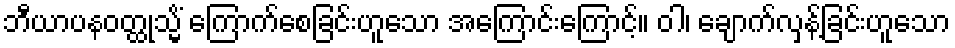
ဘီယာပနဝတ္ထုသ္မိံ ကြောက်စေခြင်းဟူသော အကြောင်းကြောင့်။ ဝါ၊ ချောက်လှန့်ခြင်းဟူသော